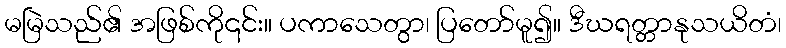
မမြဲသည်၏ အဖြစ်ကို၎င်း။ ပကာသေတွာ၊ ပြတော်မူ၍။ ဒီဃရတ္တာနုသယိတံ၊